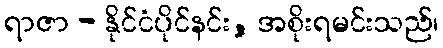
ရာဇာ - နိုင်ငံပိုင်နင်း, အစိုးရမင်းသည်၊